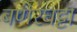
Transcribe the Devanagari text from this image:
बणेरघट्टा